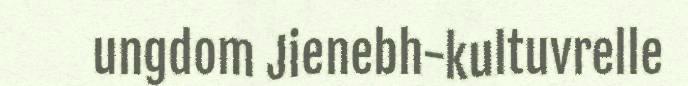
ungdom Jienebh-kultuvrelle